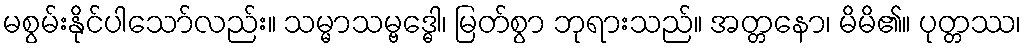
မစွမ်းနိုင်ပါသော်လည်း။ သမ္မာသမ္ဗဒ္ဓေါ၊ မြတ်စွာ ဘုရားသည်။ အတ္တနော၊ မိမိ၏။ ပုတ္တဿ၊